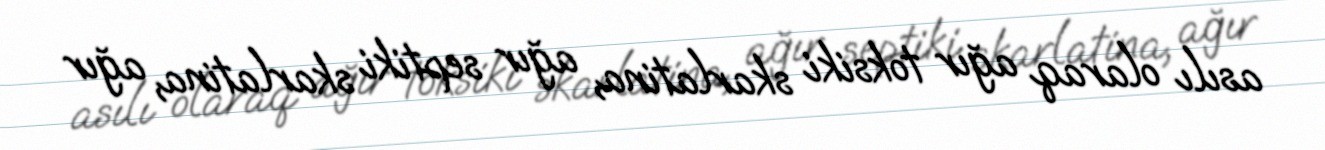
asılı olaraq ağır toksiki skarlatina, ağır septiki skarlatina, ağır